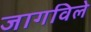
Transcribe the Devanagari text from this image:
जागविले